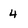
Character: 4